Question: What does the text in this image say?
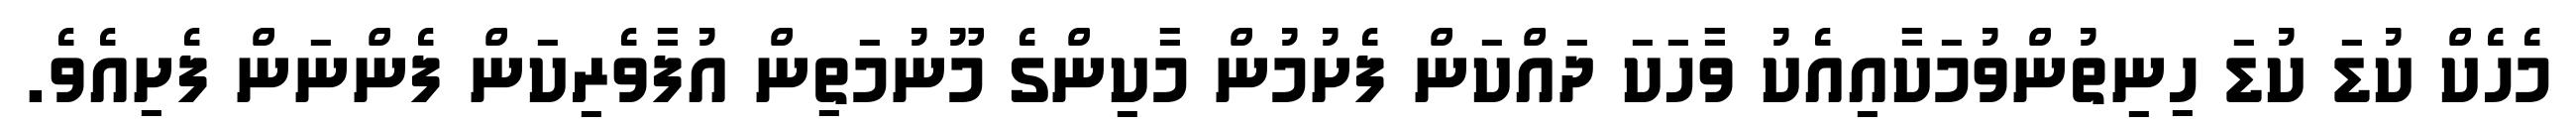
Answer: މެހެކް ކުޑަ ކުޑަ ހިނިތުންވުމަކާއިއެކު ވާހަކަ ދައްކަން ފެށުމުން މާކިންގެ މޫނުމަތިން އުފާވެރިކަން ފެންނަން ފެށިއެވެ.